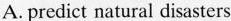
A. predict natural disasters